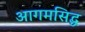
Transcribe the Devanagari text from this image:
आगमसिद्ध